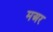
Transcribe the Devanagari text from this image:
मअर